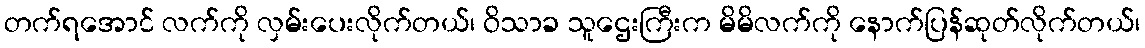
တက်ရအောင် လက်ကို လှမ်းပေးလိုက်တယ်၊ ဝိသာခ သူဌေးကြီးက မိမိလက်ကို နောက်ပြန်ဆုတ်လိုက်တယ်၊